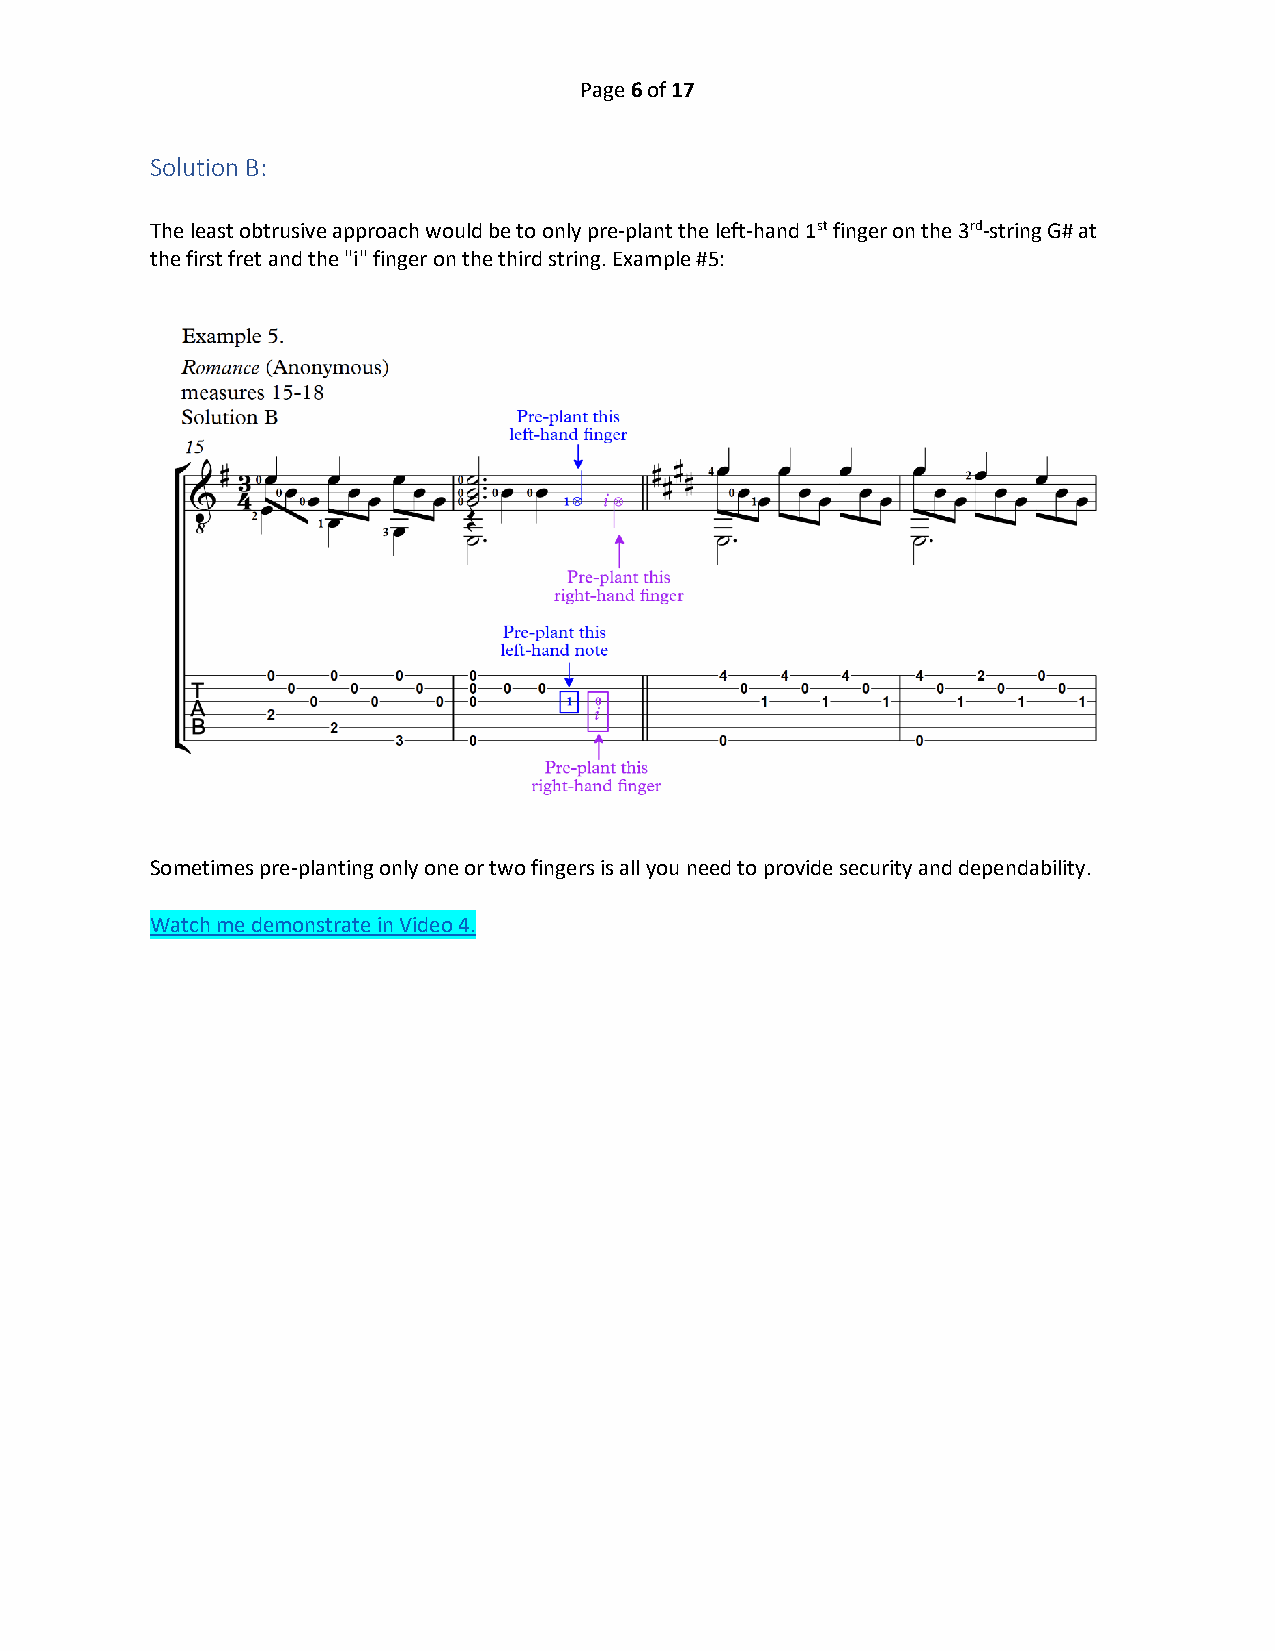
Page 6 of 17
 Solution B:
 The least obtrusive approach would be to only pre-plant the left-hand 1st finger on the 3rd-string G# at
 the first fret and the "i" finger on the third string. Example #5:
 Sometimes pre-planting only one or two fingers is all you need to provide security and dependability.
 Watch me demonstrate in Video 4.